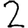
Digit: 2